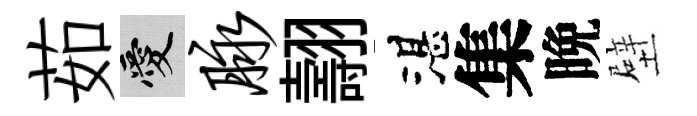
茹愛脉翿湛集晩壁